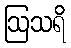
ဩသရိ